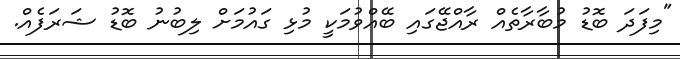
"މިފަދަ ބޮޑު މުބާރާތެއް ރާއްޖޭގައި ބޭއްވުމަކީ މުޅި ގައުމަށް ލިބުނު ބޮޑު ޝަރަފެއް.